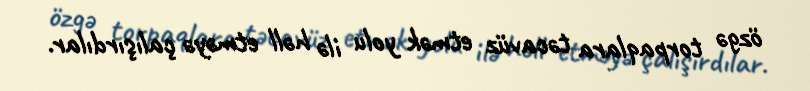
özgə torpaqlara təcavüz etmək yolu ilə həll etməyə çalışırdılar.